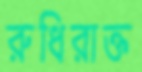
রুধিরাক্ত